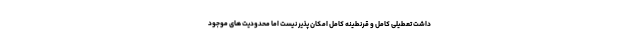
داشت تعطیلی کامل و قرنطینه کامل امکان پذیر نیست اما محدودیت های موجود